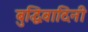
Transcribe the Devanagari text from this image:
बुद्धिवादिनी